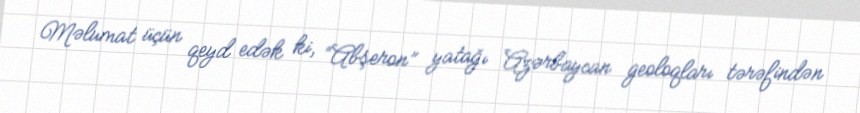
Məlumat üçün qeyd edək ki, “Abşeron” yatağı Azərbaycan geoloqları tərəfindən